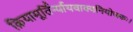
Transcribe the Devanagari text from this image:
क्रियामूर्तिर्न्यायवाक्यनियोजकः।